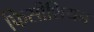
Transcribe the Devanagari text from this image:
फिसीशियन